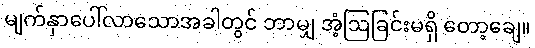
မျက်နှာပေါ်လာသောအခါတွင် ဘာမျှ အံ့ဩခြင်းမရှိ တော့ချေ။